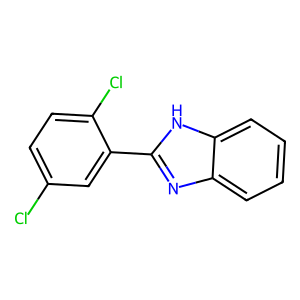
SMILES: Clc1ccc(Cl)c(-c2nc3ccccc3[nH]2)c1
Inhibits HIV replication: No